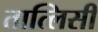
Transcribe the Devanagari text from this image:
तात्लिसी